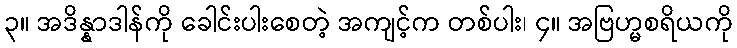
၃။ အဒိန္နာဒါန်ကို ခေါင်းပါးစေတဲ့ အကျင့်က တစ်ပါး၊ ၄။ အဗြဟ္မစရိယကို